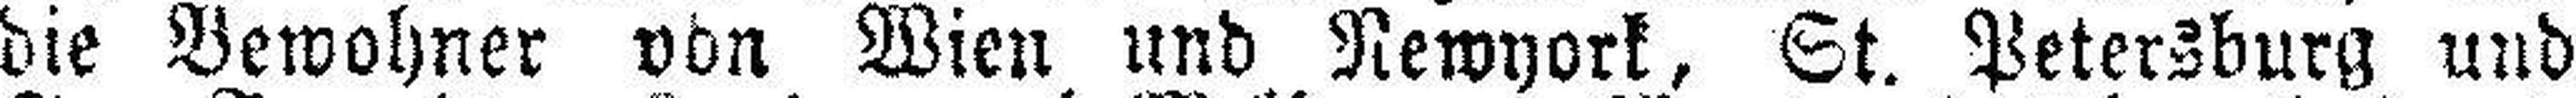
die Bewohner von Wien und Newyork, St. Petersburg und